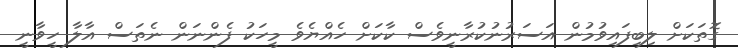
ގޮތަކަށް ލިބިފައިވުމުން އަސަރުނުކުރާނީވެސް ކާކަށް ހެއްޔެވެ މީހަކު ފެންނަން ނެތަސް އާލާ ހީވާނީ